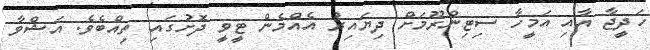
ހަދީޖާ އާއި އަމީހާ ސިޓިންރޫމަށް ދިޔައިރު އެއްމެން ޓީވީ ދޮށުގައި ތިއްބެވެ. އަޝްވާ